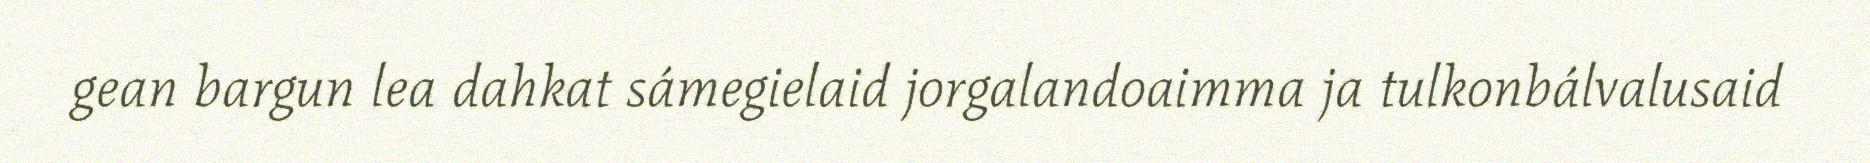
gean bargun lea dahkat sámegielaid jorgalandoaimma ja tulkonbálvalusaid